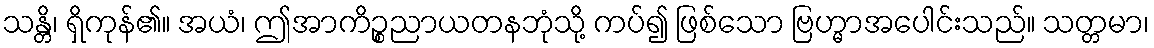
သန္တိ၊ ရှိကုန်၏။ အယံ၊ ဤအာကိဉ္စညာယတနဘုံသို့ ကပ်၍ ဖြစ်သော ဗြဟ္မာအပေါင်းသည်။ သတ္တမာ၊